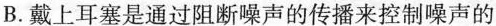
B. 戴上耳塞是通过阻断噪声的传播来控制噪声的